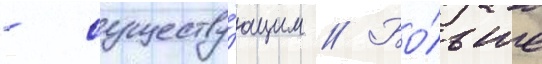
- существу́ющим // Бо́льше